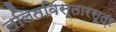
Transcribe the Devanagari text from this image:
ललितविस्तारसूत्र